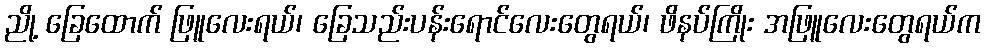
ညို့ ခြေထောက် ဖြူလေးရယ်၊ ခြေသည်းပန်းရောင်လေးတွေရယ်၊ ဖိနပ်ကြိုး အဖြူလေးတွေရယ်က